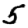
Digit: 5